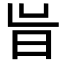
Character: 𭥝